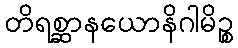
တိရစ္ဆာနယောနိဂါမိဉ္စ